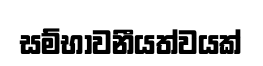
සම්භාවනීයත්වයක්